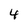
Character: 4